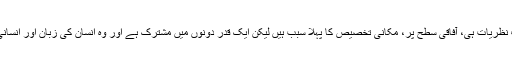
یہ دو مختلف نظریات ہی، آفاقی سطح پر، مکانی تخصیص کا پہلا سبب ہیں لیکن ایک قدر دونوں میں مشترک ہے اور وہ انسان کی زبان اور انسانی کہانی ہے۔